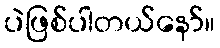
ပဲဖြစ်ပါတယ်နော်။